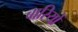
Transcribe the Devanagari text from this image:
बारियों